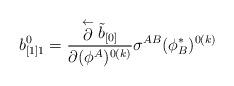
LaTeX: \begin{align*}b_{[1]1}^0 ={\stackrel{\leftarrow}{\partial}\tilde b_{[0]}\over\partial(\phi^A)^{0(k)}}\sigma^{AB}(\phi^{*}_{B})^{0(k)}\end{align*}